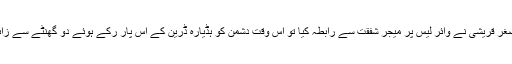
جب بریگیڈئر اصغر قریشی نے وائر لیس پر میجر شفقت سے رابطہ کیا تو اس وقت دشمن کو ہڈیارہ ڈرین کے اس پار رکے ہوئے دو گھنٹے سے زائد وقت ہوچکاتھا۔